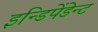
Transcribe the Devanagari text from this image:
इन्डिपेंडेन्ट